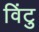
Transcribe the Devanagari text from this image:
विंटु